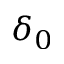
\delta _ { 0 }